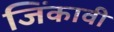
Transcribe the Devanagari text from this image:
जिंकावी